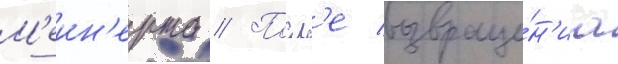
М'еин'ерта // Посл'е возвраще́н'иа